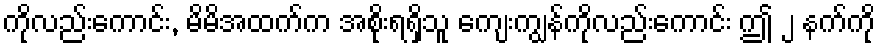
ကိုလည်းကောင်း, မိမိအထက်က အစိုးရရှိသူ ကျေးကျွန်ကိုလည်းကောင်း ဤ ၂ နက်ကို